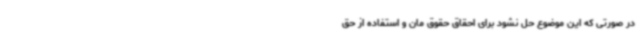
در صورتی که این موضوع حل نشود برای احقاق حقوق مان و استفاده از حق